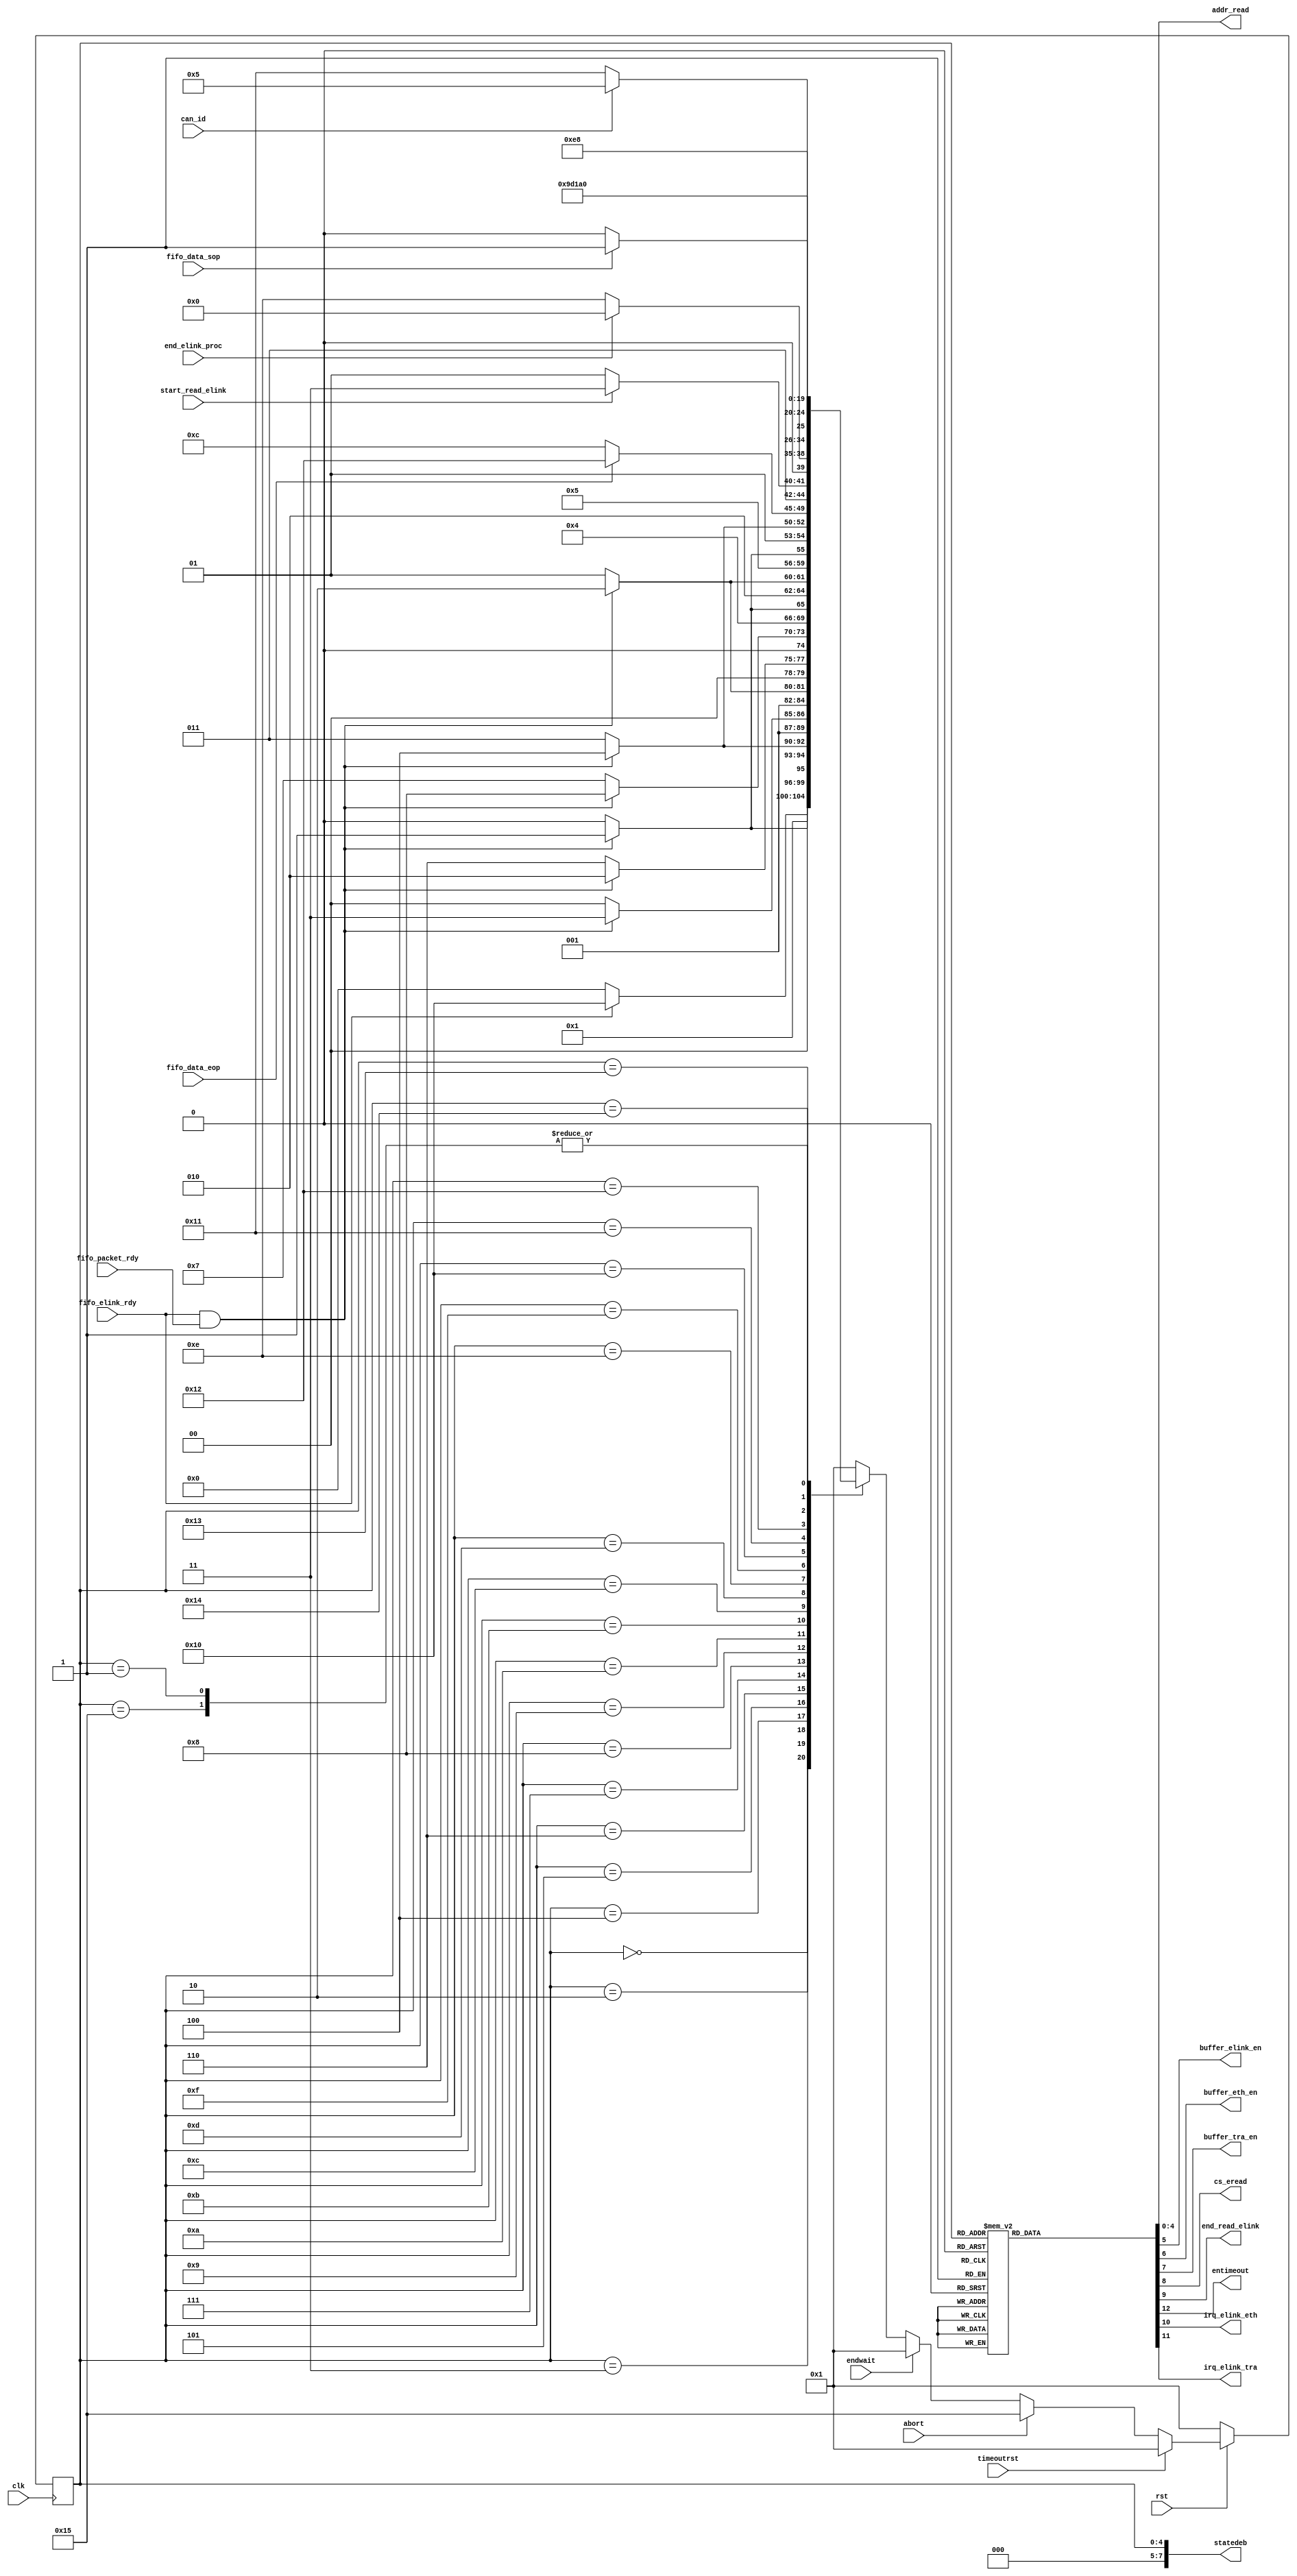
//
// Module mopshub_readout_lib.elink_interface_rec_sm.fsm
//
// Created:
//          by - dcs.dcs (localhost)
//          at - 16:00:00 05/03/24
//
// Generated by Mentor Graphics' HDL Designer(TM) 2019.4 (Build 4)
//
`resetall
`timescale 1ns/10ps
module elink_interface_rec_sm( 
   // Port Declarations
   input   wire           abort,             // Upon receiving a reset message on the CANbus. FSM goes into a known state
   input   wire           can_id, 
   input   wire           clk,               // posedge
   input   wire           end_elink_proc, 
   input   wire           endwait, 
   input   wire           fifo_data_eop, 
   input   wire           fifo_data_sop, 
   input   wire           fifo_elink_rdy, 
   input   wire           fifo_packet_rdy, 
   input   wire           rst,               // synchronous low active
   input   wire           start_read_elink, 
   input   wire           timeoutrst,        // timeout reset signal to the state machine in case bridge controller is not respoding for a specified time
   output  reg     [4:0]  addr_read,         // request to caninterface block
   output  reg            buffer_elink_en, 
   output  reg            buffer_eth_en, 
   output  reg            buffer_tra_en, 
   output  reg            cs_eread, 
   output  reg            end_read_elink,    // request to bridge FSM 
   output  reg            entimeout,         // enable for timeout reset counter 
   output  reg            irq_elink_eth, 
   output  reg            irq_elink_tra, 
   output  reg     [7:0]  statedeb
);

//tmrg default triplicate
//tmrg tmr_error false
// Internal Declarations


// Module Declarations

// State encoding
parameter 
          ST_waittoact   = 5'd0,
          ST_reset       = 5'd1,
          store_RB2      = 5'd2,
          store_RB3      = 5'd3,
          store_RB4      = 5'd4,
          store_RB0      = 5'd5,
          RB1            = 5'd6,
          store_RB5      = 5'd7,
          store_RB6      = 5'd8,
          store_RB7      = 5'd9,
          store_RB8      = 5'd10,
          store_RB9      = 5'd11,
          ST_wait_eop    = 5'd12,
          ST_end_read_en = 5'd13,
          ST_Wait        = 5'd14,
          ST_en_buffer   = 5'd15,
          ST_wait_sop    = 5'd16,
          RB0            = 5'd17,
          ST_eth_buffer  = 5'd18,
          wait_irq       = 5'd19,
          irq_eth        = 5'd20,
          ST_endwait     = 5'd21;

reg [4:0] current_state, next_state;

//-----------------------------------------------------------------
// Next State Block for machine csm
//-----------------------------------------------------------------
always @(
   can_id, 
   current_state, 
   end_elink_proc, 
   fifo_data_eop, 
   fifo_data_sop, 
   fifo_elink_rdy, 
   fifo_packet_rdy, 
   rst, 
   start_read_elink
)
begin : next_state_block_proc
   case (current_state) 
      ST_waittoact: begin
         if (fifo_elink_rdy ==1)
            next_state = ST_wait_sop;
         else
            next_state = ST_waittoact;
      end
      ST_reset: begin
         if (rst == 1)
            next_state = ST_waittoact;
         else
            next_state = ST_reset;
      end
      store_RB2: begin
         if (fifo_elink_rdy && fifo_packet_rdy ==1)
            next_state = store_RB3;
         else
            next_state = store_RB2;
      end
      store_RB3: begin
         if (fifo_elink_rdy && fifo_packet_rdy ==1)
            next_state = store_RB4;
         else
            next_state = store_RB3;
      end
      store_RB4: begin
         if (fifo_elink_rdy && fifo_packet_rdy ==1)
            next_state = store_RB5;
         else
            next_state = store_RB4;
      end
      store_RB0: begin
         if (fifo_elink_rdy && fifo_packet_rdy ==1)
            next_state = RB1;
         else
            next_state = store_RB0;
      end
      RB1: begin
         if (fifo_elink_rdy && fifo_packet_rdy ==1)
            next_state = store_RB2;
         else
            next_state = RB1;
      end
      store_RB5: begin
         if (fifo_elink_rdy && fifo_packet_rdy ==1)
            next_state = store_RB6;
         else
            next_state = store_RB5;
      end
      store_RB6: begin
         if (fifo_elink_rdy && fifo_packet_rdy ==1)
            next_state = store_RB7;
         else
            next_state = store_RB6;
      end
      store_RB7: begin
         if (fifo_elink_rdy && fifo_packet_rdy ==1)
            next_state = store_RB8;
         else
            next_state = store_RB7;
      end
      store_RB8: begin
         if (fifo_elink_rdy && fifo_packet_rdy ==1)
            next_state = store_RB9;
         else
            next_state = store_RB8;
      end
      store_RB9: begin
         if (fifo_elink_rdy && fifo_packet_rdy ==1)
            next_state = ST_wait_eop;
         else
            next_state = store_RB9;
      end
      ST_wait_eop: begin
         if (fifo_data_eop ==1)
            next_state = ST_eth_buffer;
         else
            next_state = ST_wait_eop;
      end
      ST_end_read_en: begin
         if (start_read_elink ==1)
            next_state = ST_en_buffer;
         else
            next_state = ST_end_read_en;
      end
      ST_Wait: begin
         if (end_elink_proc ==1'b1)
            next_state = ST_waittoact;
         else
            next_state = ST_Wait;
      end
      ST_en_buffer: begin
         next_state = ST_Wait;
      end
      ST_wait_sop: begin
         if (fifo_data_sop ==1)
            next_state = RB0;
         else
            next_state = ST_wait_sop;
      end
      RB0: begin
         if (can_id ==1)
            next_state = store_RB0;
         else
            next_state = RB0;
      end
      ST_eth_buffer: begin
         next_state = wait_irq;
      end
      wait_irq: begin
         next_state = irq_eth;
      end
      irq_eth: begin
         next_state = ST_end_read_en;
      end
      ST_endwait: begin
         next_state = ST_waittoact;
      end
      default: 
         next_state = ST_reset;
   endcase
end // Next State Block

//-----------------------------------------------------------------
// Output Block for machine csm
//-----------------------------------------------------------------
always @(
   current_state
)
begin : output_block_proc
   // Default Assignment
   addr_read = 5'b0;
   buffer_elink_en = 0;
   buffer_eth_en = 0;
   buffer_tra_en = 0;
   cs_eread = 0;
   end_read_elink = 0;
   entimeout = 1;
   irq_elink_eth = 0;
   irq_elink_tra = 0;

   // Combined Actions
   case (current_state) 
      ST_waittoact: begin
         entimeout = 0 ;
      end
      ST_reset: begin
         entimeout = 0 ;
      end
      store_RB2: begin
         addr_read = 5'h4;
         cs_eread = 1 ;
         buffer_elink_en =1;
      end
      store_RB3: begin
         addr_read = 5'h5;
         cs_eread = 1 ;
         buffer_elink_en =1;
      end
      store_RB4: begin
         addr_read = 5'h6;
         cs_eread = 1 ;
         buffer_elink_en =1;
      end
      store_RB0: begin
         addr_read = 5'h2;
         buffer_elink_en =1;
         cs_eread =1;
      end
      RB1: begin
         addr_read = 5'h3;
         cs_eread = 1 ;
         buffer_elink_en =1;
      end
      store_RB5: begin
         addr_read = 5'h7;
         cs_eread = 1 ;
         buffer_elink_en =1;
      end
      store_RB6: begin
         addr_read = 5'h8;
         cs_eread = 1 ;
         buffer_elink_en =1;
      end
      store_RB7: begin
         addr_read = 5'h9;
         cs_eread = 1 ;
         buffer_elink_en =1;
      end
      store_RB8: begin
         addr_read = 5'hA;
         cs_eread = 1 ;
         buffer_elink_en =1;
      end
      store_RB9: begin
         addr_read = 5'hB;
         cs_eread = 1 ;
         buffer_elink_en =1;
      end
      ST_wait_eop: begin
         addr_read = 5'h0;
         cs_eread = 1 ;
         buffer_elink_en =0;
      end
      ST_end_read_en: begin
         addr_read = 5'h0;
         irq_elink_tra =1'b1;
      end
      ST_Wait: begin
         addr_read = 5'h0;
         end_read_elink = 1 ;
      end
      ST_en_buffer: begin
         addr_read = 5'h0;
         buffer_tra_en =1;
      end
      ST_wait_sop: begin
         addr_read = 5'h0;
         cs_eread = 1 ;
      end
      RB0: begin
         addr_read = 5'h2;
         cs_eread =1;
      end
      ST_eth_buffer: begin
         addr_read = 5'h0;
         buffer_eth_en =1;
      end
      wait_irq: begin
         addr_read = 5'h0;
      end
      irq_eth: begin
         addr_read = 5'h0;
         irq_elink_eth =1'b1;
      end
   endcase
end // Output Block

//-----------------------------------------------------------------
// Clocked Block for machine csm
//-----------------------------------------------------------------
always @(
   posedge clk
) 
begin : clocked_block_proc
   if (!rst) begin
      current_state <= ST_reset;
   end
   else if (timeoutrst) begin
      current_state <= ST_reset;
   end
   else if (abort) begin
      current_state <= ST_endwait;
   end
   else if (endwait) begin
      current_state <= ST_reset;
   end
   else 
   begin
      current_state <= next_state;
   end
end // Clocked Block

// State-As-Output assignment
always @(current_state)
begin
   statedeb = 8'b0;
   statedeb[4:0] = current_state;
end

endmodule // elink_interface_rec_sm